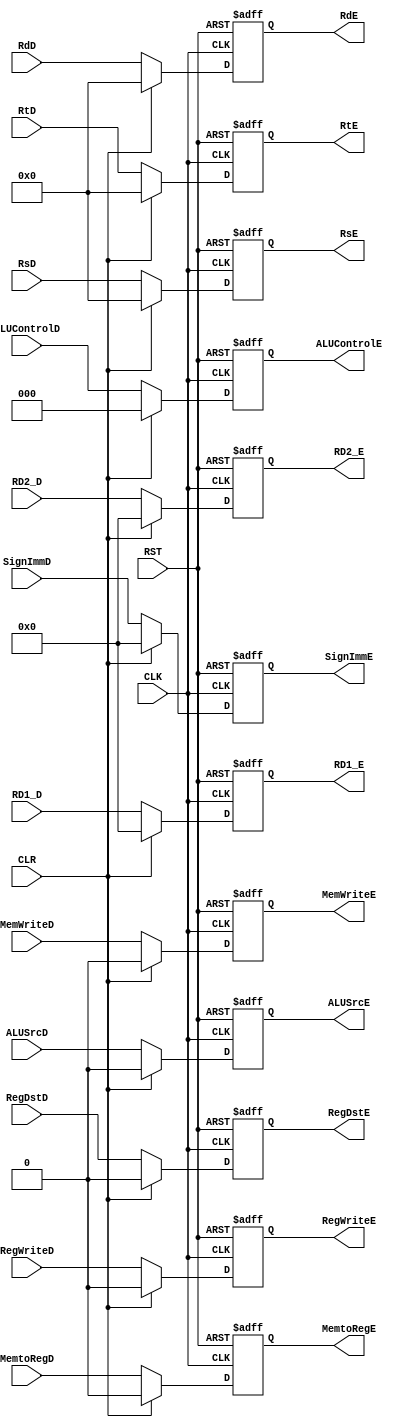
module DecodeRegister (
input  wire         RegWriteD,
input  wire         MemtoRegD,
input  wire         MemWriteD,
input  wire  [2:0]  ALUControlD,
input  wire         ALUSrcD,
input  wire         RegDstD,
input  wire  [31:0] RD1_D,
input  wire  [31:0] RD2_D,
input  wire  [4:0]  RsD,
input  wire  [4:0]  RtD,
input  wire  [4:0]  RdD,
input  wire         CLR,
input  wire         CLK,
input  wire         RST,
input  wire   [31:0] SignImmD,
output reg          RegWriteE,
output reg          MemtoRegE,
output reg          MemWriteE,
output reg   [2:0]  ALUControlE,
output reg          ALUSrcE,
output reg          RegDstE,
output reg   [31:0] RD1_E,
output reg   [31:0] RD2_E,
output reg   [4:0]  RsE,
output reg   [4:0]  RtE,
output reg   [4:0]  RdE,
output reg   [31:0] SignImmE
);

always @(posedge CLK or negedge RST)
begin
  if(~RST)
  begin
    RegWriteE<=1'b0;
    MemtoRegE<=1'b0;
    MemWriteE<=1'b0;
    ALUControlE<=3'b0;
    ALUSrcE<=1'b0;
    RegDstE<=1'b0;
    RD1_E<=32'b0;
    RD2_E<=32'b0;
    RsE<=5'b0;
    RtE<=5'b0;
    RdE<=5'b0;
    SignImmE<=32'b0;
  end

  else if(CLR)
    begin
      RegWriteE<=1'b0;
      MemtoRegE<=1'b0;
      MemWriteE<=1'b0;
      ALUControlE<=3'b0;
      ALUSrcE<=1'b0;
      RegDstE<=1'b0;
      RD1_E<=32'b0;
      RD2_E<=32'b0;
      RsE<=5'b0;
      RtE<=5'b0;
      RdE<=5'b0;
      SignImmE<=32'b0;
    end
  else
    begin
      RegWriteE<=RegWriteD;
      MemtoRegE<=MemtoRegD;
      MemWriteE<=MemWriteD;
      ALUControlE<=ALUControlD;
      ALUSrcE<=ALUSrcD;
      RegDstE<=RegDstD;
      RD1_E<=RD1_D;
      RD2_E<=RD2_D;
      RsE<=RsD;
      RtE<=RtD;
      RdE<=RdD;
      SignImmE<=SignImmD;
    end
end
endmodule